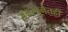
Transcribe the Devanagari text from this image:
समरचनेतही